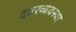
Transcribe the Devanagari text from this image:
दप्तरव्यवस्था